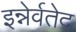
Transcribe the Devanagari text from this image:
इन्नेर्वतेद